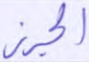
الجرز